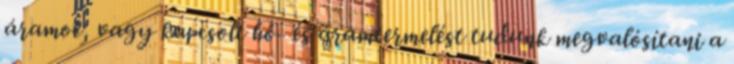
áramot, vagy kapcsolt hő- és áramtermelést tudunk megvalósítani a